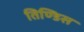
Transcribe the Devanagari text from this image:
तिण्डिस